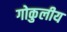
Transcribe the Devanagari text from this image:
गोकुलीय